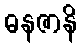
ဓနဇာနိ